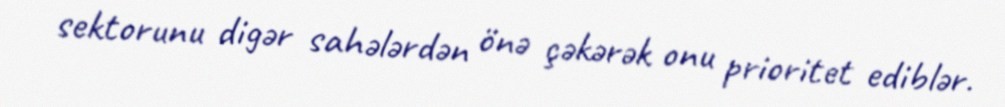
sektorunu digər sahələrdən önə çəkərək onu prioritet ediblər.